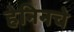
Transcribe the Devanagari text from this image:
हेनिनचे